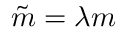
\tilde { m } = \lambda m